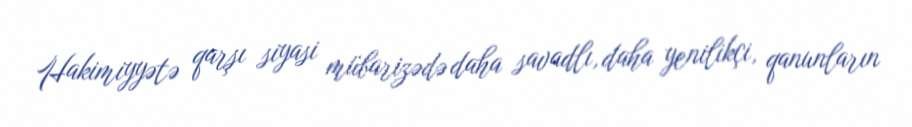
Hakimiyyətə qarşı siyasi mübarizədə daha savadlı, daha yenilikçi, qanunların